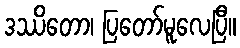
ဒဿိတော၊ ပြတော်မူလေပြီ။